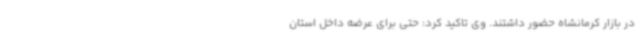
در بازار کرمانشاه حضور داشتند. وی تاکید کرد: حتی برای عرضه داخل استان